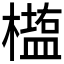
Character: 𰘵